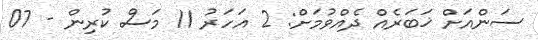
ސަންއަށް ޚަބަރެއް ދެއްވުމަށް: 2 އަހަރު 11 މަސް ކުރިން - 07